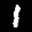
Label: 1